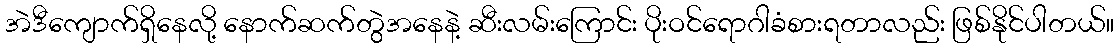
အဲဒီကျောက်ရှိနေလို့ နောက်ဆက်တွဲအနေနဲ့ ဆီးလမ်းကြောင်း ပိုးဝင်ရောဂါခံစားရတာလည်း ဖြစ်နိုင်ပါတယ်။